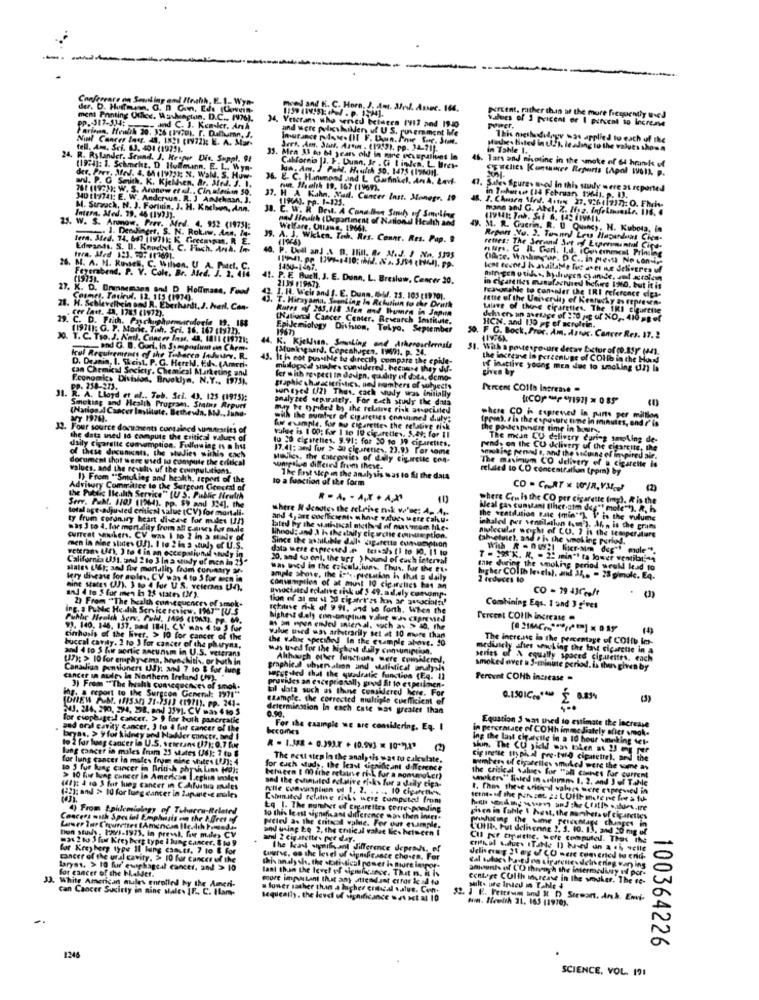
-
Confereare on Sending om! Ifruhth, E. 1 .. Wyn-
der. D. Huffman. G. D Gon, Eds (Chovein-
mind and K. C. Horn, J. Amt. ale. Assec. 164.
ment Printing Office. Washington, D.C ., 1976).
PP. 317-334;
Vectam who served belaera 1917 and 1940
prent. rather than af the more frequently used
v.dues of 1 pricent or I percent to increase
and C. 1. Kenker. Arıh
and were policyhillen uf US. puvernment Me
power.
Nual Cancer los. 49, IN21 (1972); E. A. Mars
This methodilegy was applied to each of the
fell. Am. Sei. 63. 401 (1975).
Jers. Am. Jan. Assim , (19:2), pp. J4-21).
in Tahle 1.
Mathe. listed in ulf). leading to the values shown
24. R. Rylander, Seund. J. Hesper Die. Suppl. 91
33. Men 31 to 64 years old! in mare ecuupations In
46. lars and nicotine in the smoke of 64 hrunks uf
(19:4]: 1. Schmehr, D Hoffmann, E. L. Wym-
ka. Am. ) POM. Houdih 30. 1475 (19601.
California JJ. F. Dumn, Jr . Ci tinden. L. Uret-
SEuclies Kortamer Reports (Apol 1961). p.
w. P. O Smich. K. Kjekken. Ar. Med. S. I.
der. Pory, Afed. 4. 64 (192)]; N. Wall. S. Huw-
36. E. C. Hanmond .ind L Garfinkel, And, Led-
761 (19:)); W. S. Aronew et al .. Cin aleshin 50
tuin. Molth 19. 167 (1969).
4. Suales Spures wood In this study were as reported
340 (19741: E. W. Andcrws. R. J Andchain, J.
37. H A Kahn, Nud. Cuncer Inst. Monegr. 19
11964). pp. 1-125.
4. I. Chusen Sind. Aston 27. 92641737): O. Fhis-
M. Surauch, N. J. Fortmin. J. H. Kolon, Ann.
mann and G. Atel. Z. Hoz. Infelisaste. 16. 4
25.
Inter, Med. 79, 46 (1923).
Ja. C. W. R. Dest. A Conalien Somhy of Sampling
nad Health (Department of National Health and
25. W. S. Armow, Pree. Med. 4. 952 (19751;
Welfare. Ollama. 1966).
M. R. Guerin. R. U Quincy, H. Kubota, in
tera. Sted. 74. 64? (19711; K Gecemypm. R E.
. 1. Denlinger, S. N. Rok.Iw. Ann. It-
39. A. J. Wkien. Tech. Res. Connr. Res. Pap. #
Report No. 2. Tunnel Les Haganduas Cien-
Edvands. S. D. Knudtel. C. Fisch. Anh. In
rettes: The Second Set of Experimental Cind-
hurs. G .R. Gorl. Ld. iGavemecat Printing
fera. Mfrd 1:J. 10: 112691.
44. P. Uwill and A B. Hill. R. M.J. I No. 3595
Ohze, Washington, DC .. in presta No con-ile
26. M. A. M. Russell, C. Wilson, U A. Part. C.
Feyerabend. P. V. Cole. Br. Med. J. 2. 414
1450-1467.
lent techeJ h available fuc anet ne debegres uf
(1975).
. P. E. Buell. J. E. Dunn, L. Breslaw, Cancer 20.
2139 (1967).
27. K. D. Oninnemann and D Hoffmann, Food
reasonable to con-aler the IRI reference elpa-
in cigarettes manufachired hebre I'M0, but it is
County. Tavirul. 12. 115 (1974).
I. H. Weir and I. E. Dunn. W. 75. 105 [19 101.
Itse of the University of Keatywky a represen-
21. H. Schlevelbein god R. Eberhardt. J. herl. Con-
. cer last. 4. 1783 (1972).
T. Hirayama, Swanting In Relithan to the Drake
Rates of 265,118 Sten and Whumes in Japan
talare of theone cigarettes. The IKI cigarette
29. C. D. Frith. Paschupharmacologie 19. 188
(National Cancer Center, Research Institute.
dehver an average of 110 pep of NO ,. 410 mg of
(1971): G. P. Marie, Tish. Sei. 16. 167 (197)).
1967)
Epidemiology Division, Tokyo. September
HCN, and 130 pg of acrulein.
30. T.C. Two. J. And, Cancer Ins, 4, 1411 (19721;
. F G. Bock. Proc. Am. Assoc. Cancer Res. 17. 2
and G. B. Gurl, in Sy asposluut en Chrm-
44. K. Kjellsan. SousLing and Atherosclerosis
(Munkrighard. Copenhagen, 1969). P. 24.
31. With a postexposure detay Lector of (o.s5y (an).
Icul Requirements of the Tobacco laduurv. R.
D. Deamin, I. Sheit, P. G. Here !. Ed. (Ararri-
45.
It is not possible to directly compare the epide-
the increase in percentage of COllo in the Hund
can Chemical Society, Chemical Marketing and
mutluped studie. considered. because they do-
given by
If instlive young men ded to smoking (z is
Economics Division, Brooklyn, N.Y ., 1975).
fer with respect In design, quality of dots, demo-
PP. 258-273.
surveyed 1/2) Thus, cach study was initially
graphic characteristics, ned numbers of subjects
Percent COIto increase .
31. R. A. Lloyd et al ., Teb. Sci. 43. 125 (1975):
analy zed separately. For each staly the data
Smoking and Health Program. Status Report
(Nailon. 4 Cancer Institute, Bethesda, AW ., Jana-
muy Pr typided by the relative risk anocuiled
ith the sumter of Cigarettes coadiuned duty:
where CO in espreved in parts per million
(pom), th the exposure time in minutes, end ?' is
12. Four source documents contained wantaries of
32.
valse is 1 00; for 1 to 19 cigarettes. 5.49; for 11
for example, fur au cigarettes the relative fisk
the podespingre time in bours,
the data med id compute the critical values of
lo 20 cigarettes. 5.91: for 20 to 19 ciparetits.
The mean CU delivery during smoking de-
daily cigarette consumption. Following Is a hut
of these dicunisets, the studies wirhis cach
17.41; and fur > Si cigarettes, 23.93 For some
pend, on the CU delivery of the cigarette, the
document that were used to compute the critical
Movies, the Categories of daily cigarcile con-
smuk ing pend s, and the vacuing of inspired air.
values, and the results uf the counpulutions.
suntpalun differed from these.
The maximum CO delivery of a cigarette is
related to CO concentration (ppm) by
1) From "Snuking and health, report of the
to a function of the form
The First step in the analysis to as to fi the data
Advisory Committee to the Surgeun Ceeceal of
the Public Health Service" [U S. Public Nratrh
Serv. PuMt. 1103 (1964). pp. $9 and 334), the
R . A. . A.X + AX
where Con Is the CO per cigarette (mg). R is the
total age-adjusted erhin value (CV) for mortali.
where N denotes the retrive nok w'se: A. A.
Weal gas cunyani (ihet atm deg"! mole""). R. i
ty frum coronary heart disease for mudes (!)
ard 4, are coefficients u have values were cah.u.
the ventilation Fate (min"") I' is the vulume
was 3 to 4. for mortality from alt cartes her cule
lated by the statiascal nieth d of nuvemom like-
inhaled per ventilation (om ). Ah, is the grams
Molecular weight of CO. 7 is the temperature
CUITest sukers. CV ams 1 to 2 in a stale of
Since the available dal. gaparette consumption
lihood: and \ Is the daily cicche consumption.
(absolute), and # Is the smoking porlos.
men in nine stites (!). I to 2 in a study of U.S.
weteran. (an). ) to 4 in an occepaliun,il study in
data were expressed P tesals (i to 10. 11 to
With R . nu !! fikr-Mon dog ! mole".
California US1. and 2 to 3 In a stindy of men in 25*
20, and su ent, the ups ) hound of cuch interval
T = "'K. K. - 25 min"! ta lower ventibli-4
siales Lidt; and for mortality from curvaary 3.
was Incid in the calcula.iuns. Thus, for the et.
male during the smoking period would lead to
Wery disease for aoles. CV was 4 to 5 for men in
ample phave, the ichs . pietskin is that a daily
higher COith levels), and JA, - 28 gimuk. EQ.
2 reduces to
hine states (J). 3 to 4 fur US. veterans Un),
consumption of at must 10 cigarclics bas an
af 4 to S for men in 25 states (Y).
2) From "The health consequences of smok-
tion of al eur w Xd cigarr'es Ion ar aracial !!
puchated eclalive risk of $ 49. ad.dly concomp.
Ing. a PUNK Hedih Service toview. 1967" [U.S
Ichilave mk of 9 91, and so forth. When the
Combining Ens. 1 and 3 gives
highest daly cilnonoption value W'Js capreMed
Ferecet COIlh increase .
93. 140, 146. 137. pod (84). C.V ma. 4 59 5 fur
93. 140, 146. 157. 9
Cirrhosis of the live
a in mu ENel inierval, such as > 10. The
cirrhosis of the River. > 10 for cancer of the
buccal cavity. 2 to 3
tinhosis of the River. > 10 for cancer of the
the value specified In the esample above. 20
value med was arbitrarily set at 10 more than
The increase in the percentage of COIth Im-
buccal cavity. 2 to 3 for cancer of the pharynx,
buccal cavity. 2 to 3 for cancer of the pharynx,
and 4 to 5 hir mortic Racunsm in U.S. veterans
and 4 to 5 hier montic ancunsm in U.S. veterans
was used for the highest daily con unipingn.
medisely after weooking the last cigarette in a
(37): > 10 for emphysema, brunchitis, or both in
Although other functions were comideres,
series of A equally spaced ciguettes, each
Canadian pensioners US): and 7 to & for lung
graphical uhservation and statistical analysis
smoked evet . S-minute period. is thus given by
cancer in ault. in Northern Ireland (iv).
HeFefied that the quadratic function (Eq. I)
provides an exceptionally grad St to espeilmen-
Percent COHb increase .
3) From The Iwalk consequences of smol.
uil data such as thunse considered here. For
ing. a report to the Surgeon General: 1971"
(DNEW P.M. 1IS3) 21-7513 (19 ?! ). Pp. 241-
example, the corrected multiple cuefficient er
0.1501C .. """ $ 8.85%
(3)
4. 246. 290, 294, 2PR. andi 359). CV mas 4 to $
determination in each Cate ma4 greater than
...
for ceophage -! cancer. > 9 for both pancreatic
0.90.
pad oral cavity cancer. 3 tu 4 for cancer of the
becomes
For the example we are considering. En. I
in percentace of COHh immediately sier smok-
Equation 5 was thed to estimate the increase
bryas, > y for kidney and Hadder concer, and I
ing the last cigarcile in a 10 hour smoking del-
to 2 for lung cancer in U.S. veterans (17): 0,7 for
lung cancer in males (ram 21 states (36); 7 tu 8
R - 1.[#8 - 0.393.7 + (0.99] = 10 ** ) **
shin. The CU yield wos tien as Ut por
for lung cancer in males from nine whites [J]: 4
The next step in the analysis was no calculate.
cig ingtle th) pical pre-tyro cigaretrel, and the
to 5 fur lung cancer in British physikins (0):
for euch study, the least significant difference
mumbers of ciparelles smuked were the same as
> 10 fur lung cancer in Americse I.echin insles
belveen [ 00 ithe retainve ri-) for a nonsmoker)
and the eshmailed ecative risks for a daily cipa-
the critical values for "all cantes for current
wwwkers" filed in .nlun- 1. 2. and ) of Tahle
(4): 4 10 ) fur tueg cancer in Cohfuinin mules
t. Chos theve shor'd wales were expressed in
(32): ond > 10 for lung cancer in Japanese mules
Cubmited relatie risks were cumpcted from
4) From Epidemiology of Teharcu-Related
4) From Epidemiology of Tehaccu-Related
tq 1. The manhet of cigarettes corresponding
Concert with Special Emphasis on the boret ef
So this least significant difference was then inter-
pisen in fahle \ hest, the sunheta of cigarettes
Laser Tar Chounettes IAmencan Hle.dth Prised.s
and using 20 2. the critical value lies between I
Hele as the Critical walne. For our example,
phishicing the same percentage changes in
Colla, Fut delisonne 2. 1. 10. 13, and 20 mg of
tion study. 293-1973, in pressh, for mules CV
mas 2 00 3 for Krey berg type 1 lung cancer. $ 10 9
Cu pr tipsthe, were computedl. Thus ihe
for Kreyherg type 11 lung cancer. 7 1o & For
The lead wymifin ant difference depress, of
cancer of the ural cavity. > 10 for cancer of the
Curve, on the level of signifiesace choses. For
deliseng 21 ag of CO nere converted to end.
Laryst. > 10 fur ewigkageal cancer, and > 10
for cancer of the bhakdet.
Shin analy sh, the statistical pomer is mure introt-
last than the level of significance. That m. it is
amounts of CO through the intermedisy ed por-
33. White American mules enrolled by the Ameri-
more important that any diendast error lead to
centre CUIth increase in the smoker. The e-
por-
can Cancer Susitty in nine sales [F ., C. Ham-
a lower rather than a higher critical value. Con-
wilts are Inled in Table +
sequeally, the level of significance wat act al 10
$. J E. Fettevi and It [ Stewart. Ark. Envi-
Non. Heelth 21. 165 (1970).
100364226
1246
SCIENCE, VOL. 191